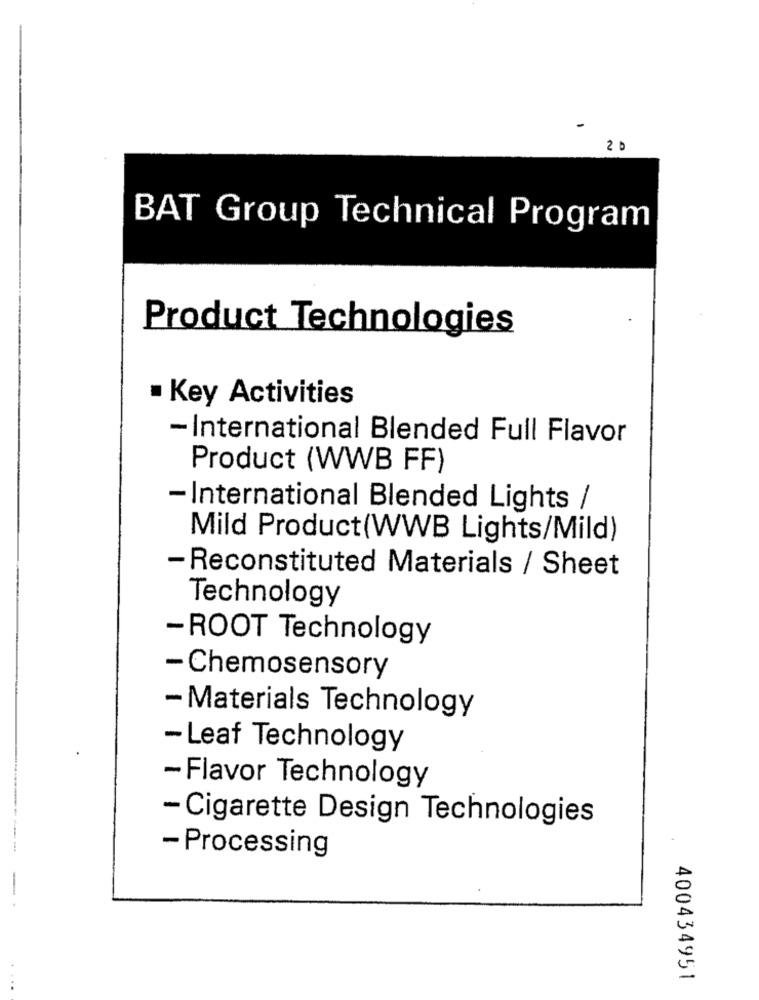
20
BAT Group Technical Program
Product Technologies
· Key Activities
- International Blended Full Flavor
Product (WWB FF)
- International Blended Lights /
Mild Product(WWB Lights/Mild)
- Reconstituted Materials / Sheet
Technology
- ROOT Technology
- Chemosensory
- Materials Technology
- Leaf Technology
-Flavor Technology
- Cigarette Design Technologies
- Processing
400434951